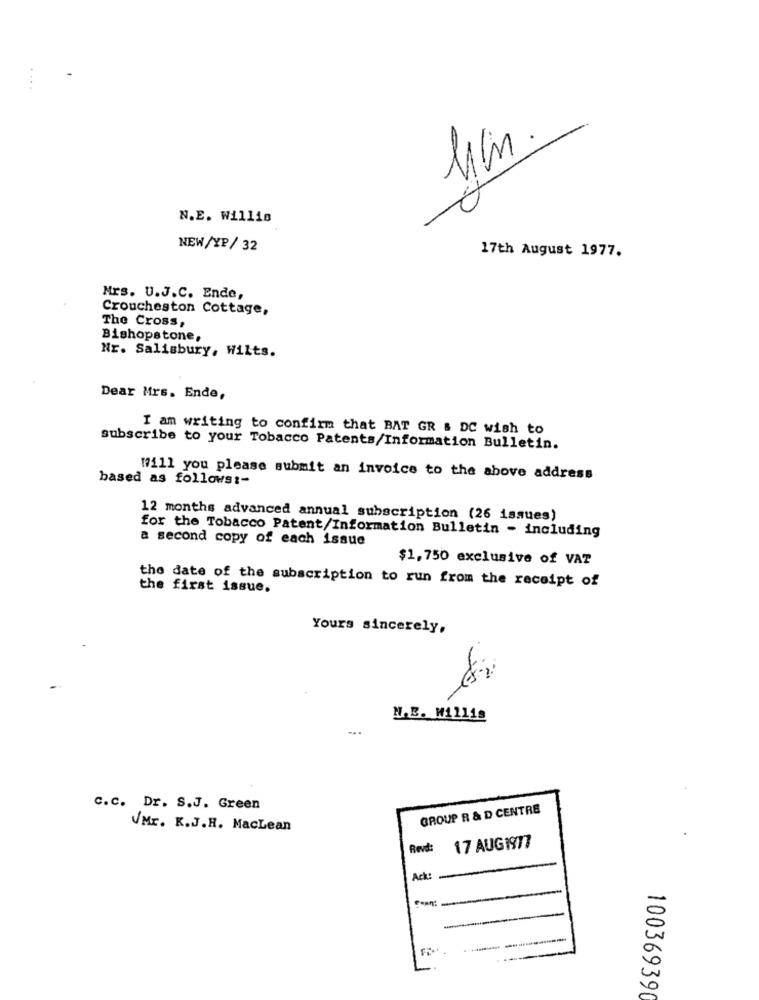
with
N.E. Willis
NEW/YP/ 32
17th August 1977.
Mrs. U.J.C. Ende,
Croucheston Cottage,
The Cross,
Bishopstone,
Nr. Salisbury, Wilts.
Dear Mrs. Ende,
I am writing to confirm that BAT GR & DC wish to
subscribe to your Tobacco Patents/Information Bulletin.
based as follows :-
Will you please submit an invoice to the above address
12 months advanced annual subscription (26 issues)
for the Tobacco Patent/Information Bulletin - including
a second copy of each issue
$1,750 exclusive of VAT
the date of the subscription to run from the receipt of
the first issue.
Yours sincerely,
N.E. W11lis
c.c. Dr. S.J. Green
GROUP R & D CENTRE
VMr. K.J.H. MacLean
Revd:
17 AUG197?
Ack
10036939